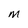
Character: m